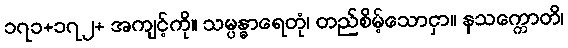
၁၇၁+၁၇၂+ အကျင့်ကို။ သမ္ပန္ဓာရေတုံ၊ တည်စိမ့်သောငှာ။ နသက္ကောတိ၊